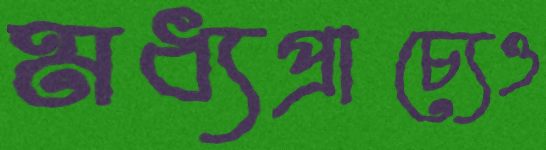
মধ্যপ্রাচ্যেও